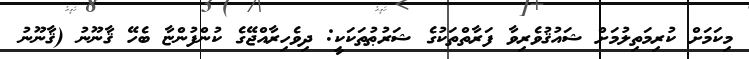
މިކަމަށް ކުރިމަތިލުމަށް ޝައުޤުވެރިވާ ފަރާތްތަކުގެ ޝަރުޠުތަކަކީ: ދިވެހިރާއްޖޭގެ ކުންފުންޏާ ބެހޭ ޤާނޫނު (ޤާނޫނު